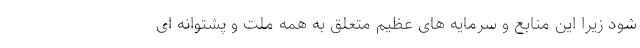
شود زیرا این منابع و سرمایه های عظیم متعلق به همه ملت و پشتوانه ای